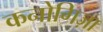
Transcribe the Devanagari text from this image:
कनोगिज़ा